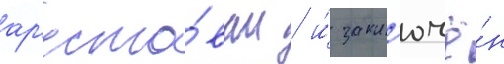
ар'есто́ван / и́ закл'ючё́н